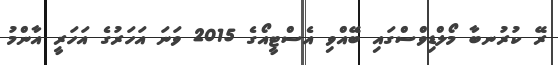
ރޭ ކުރުނބާ މޯލްޑިވްސްގައި ބޭއްވި އެސްޓީއޯގެ 2015 ވަނަ އަހަރުގެ އަހަރީ އާންމު